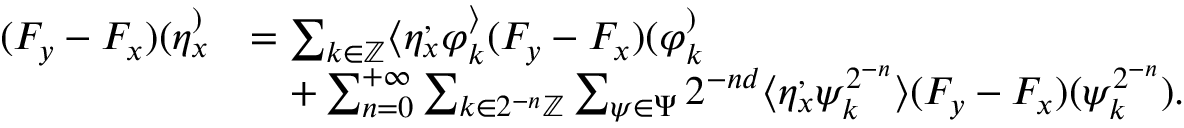
\begin{array} { r l } { ( F _ { y } - F _ { x } ) ( \eta _ { x } ^ ) } & { = \sum _ { k \in \mathbb { Z } } \langle \eta _ { x } ^ , \varphi _ { k } ^ \rangle ( F _ { y } - F _ { x } ) ( \varphi _ { k } ^ ) } \\ & { \quad + \sum _ { n = 0 } ^ { + \infty } \sum _ { k \in 2 ^ { - n } \mathbb { Z } } \sum _ { \psi \in \Psi } 2 ^ { - n d } \langle \eta _ { x } ^ , \psi _ { k } ^ { 2 ^ { - n } } \rangle ( F _ { y } - F _ { x } ) ( \psi _ { k } ^ { 2 ^ { - n } } ) . } \end{array}